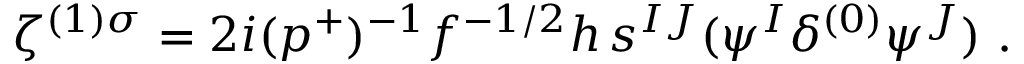
\zeta ^ { ( 1 ) \sigma } = 2 i ( p ^ { + } ) ^ { - 1 } f ^ { - 1 / 2 } h \, s ^ { I J } ( \psi ^ { I } \delta ^ { ( 0 ) } \psi ^ { J } ) ~ .